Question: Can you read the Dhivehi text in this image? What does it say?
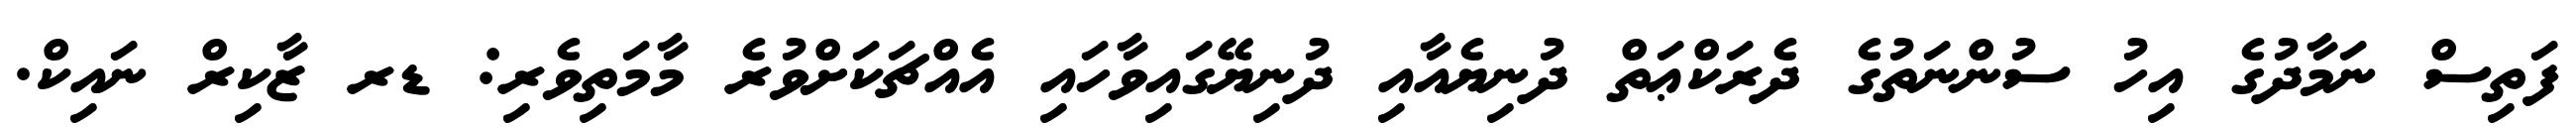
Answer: ފަތިސް ނަމާދުގެ އިހު ސުންނަތުގެ ދެރަކްޢަތް ދުނިޔެއާއި ދުނިޔޭގައިވާހައި އެއްޗަކަށްވުރެ މާމަތިވެރި: ޑރ ޒާކިރް ނައިކް.